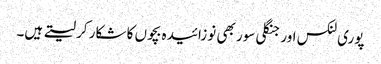
پوری لنکس اور جنگلی سور بھی نوزائیدہ بچوں کا شکار کر لیتے ہیں۔